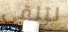
لتلقي